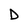
Character: D